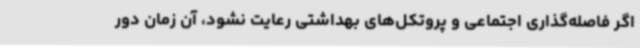
اگر فاصله‌گذاری اجتماعی و پروتکل‌های بهداشتی رعایت نشود، آن زمان دور